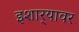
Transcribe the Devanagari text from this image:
इशार्‍यावर